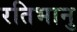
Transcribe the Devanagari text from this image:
रतिभानु